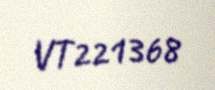
VT221368